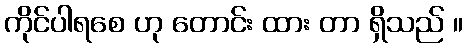
ကိုင်ပါရစေ ဟု တောင်း ထား တာ ရှိသည် ။